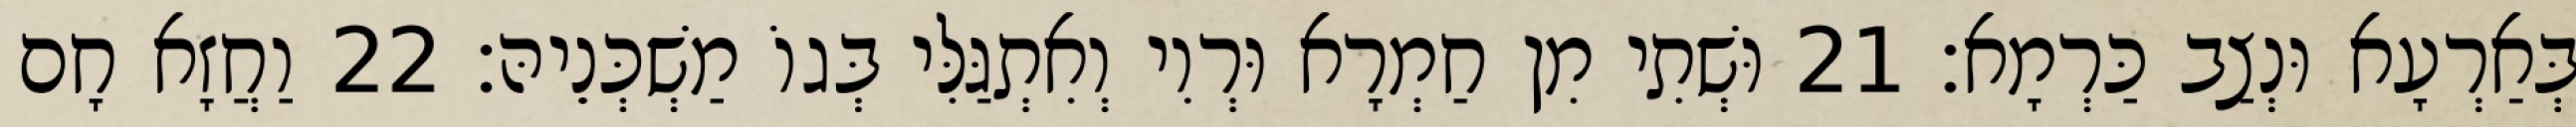
בְּאַרְעָא וּנְצַב כַּרְמָא׃ 21 וּשְׁתִי מִן חַמְרָא וּרְוִי וְאִתְגַּלִּי בְּגוֹ מַשְׁכְּנֵיהּ׃ 22 וַחֲזָא חָם